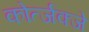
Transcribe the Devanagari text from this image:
कोर्त्जक्जे